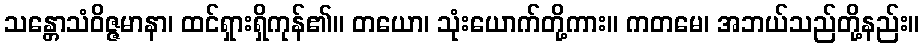
သန္တောသံဝိဇ္ဇမာနာ၊ ထင်ရှားရှိကုန်၏။ တယော၊ သုံးယောက်တို့ကား။ ကတမေ၊ အဘယ်သည်တို့နည်း။